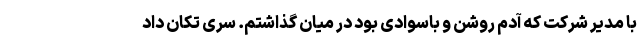
با مدیر شرکت که آدم روشن و باسوادی بود در میان گذاشتم. سری تکان داد